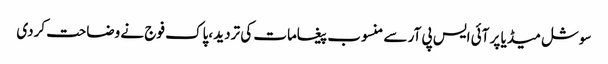
سوشل میڈیا پر آئی ایس پی آر سے منسوب پیغامات کی تردید ،پاک فوج نے وضاحت کردی